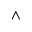
\wedge